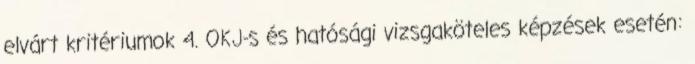
elvárt kritériumok 4. OKJ-s és hatósági vizsgaköteles képzések esetén: